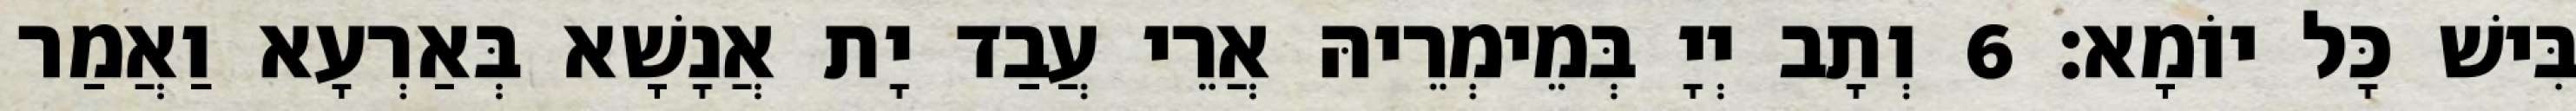
בִּישׁ כָּל יוֹמָא׃ 6 וְתָב יְיָ בְּמֵימְרֵיהּ אֲרֵי עֲבַד יָת אֲנָשָׁא בְּאַרְעָא וַאֲמַר